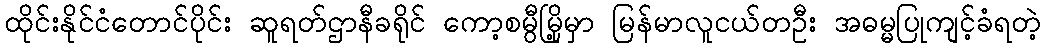
ထိုင်းနိုင်ငံတောင်ပိုင်း ဆူရတ်ဌာနီခရိုင် ကော့စမွီမြို့မှာ မြန်မာလူငယ်တဦး အဓမ္မပြုကျင့်ခံရတဲ့